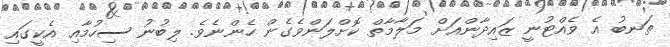
ތަނބު އެ ވެއްޓުނީ ޒައިދާންއަށް މަލާމާތް ކޮށްލަންވެގެން ހެންނެވެ. ލިބުނު ސިހުމާއި އެކީގައި